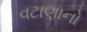
વટાણાનો